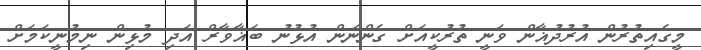
މީގެއިތުރުން އުރުދުޣާން ވަނީ ތުރުކީއަށް ގެންނަން އުޅުނު ބަޣާވާރް އަދި މުޅިން ނިމުނީކަމަށް